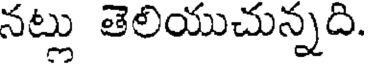
నట్లు తెలియుచున్నది.